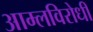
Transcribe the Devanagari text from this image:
आम्लविरोधी